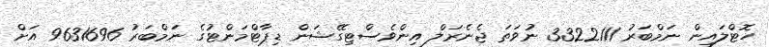
ހޮޓްލައިން ނަމްބަރު 3322111 ނުވަތަ ޖެނެރަލް އިންވެސްޓިގޭޝަން ޑިޕާޓްމަންޓުގެ ނަމްބަރު 9631696 އަށް